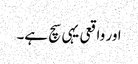
اور واقعی یہی سچ ہے۔